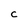
Character: C